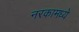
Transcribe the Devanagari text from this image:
नरकामध्ये